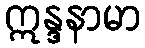
ဣန္ဒနာမာ